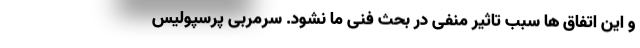
و این اتفاق ها سبب تاثیر منفی در بحث فنی ما نشود. سرمربی پرسپولیس